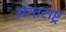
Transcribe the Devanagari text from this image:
अन्तराष्ट्र